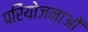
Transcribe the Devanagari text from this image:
परिेयोजनाओं